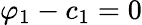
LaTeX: \varphi_{1}-c_{1}=0